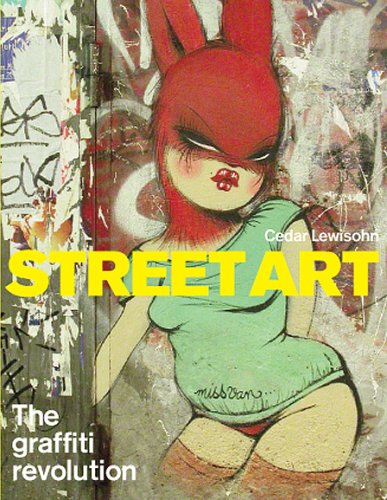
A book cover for Street Art: The Graffiti Revolution; Cedar Lewisohn; Arts & Photography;